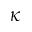
\kappa